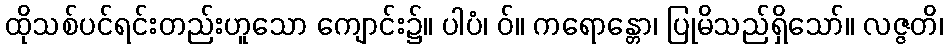
ထိုသစ်ပင်ရင်းတည်းဟူသော ကျောင်း၌။ ပါပံ၊ ဝ်။ ကရောန္တော၊ ပြုမိသည်ရှိသော်။ လဇ္ဇတိ၊